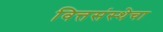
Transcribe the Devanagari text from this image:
वित्तसंस्थेचा